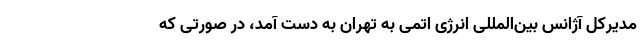
مدیرکل آژانس بین‌المللی انرژی اتمی به تهران به دست آمد، در صورتی که